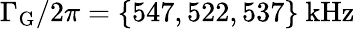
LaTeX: \Gamma_{\mathrm{G}}/2\pi=\mathrm{\{ 547,522,537\} ~kHz}